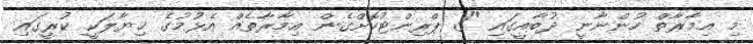
މި އިމާރާތް ހުންނާނީ ދުބާއީގައި "3 ޕްރިންޓުކޮށްގެން އިމާރާތެއް އެޅުމުގެ ޚިޔާލަކީ ކުރީގައި